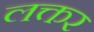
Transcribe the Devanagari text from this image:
लक्तर